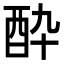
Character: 酔